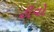
ટીવો